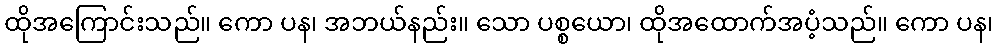
ထိုအကြောင်းသည်။ ကော ပန၊ အဘယ်နည်း။ သော ပစ္စယော၊ ထိုအထောက်အပံ့သည်။ ကော ပန၊